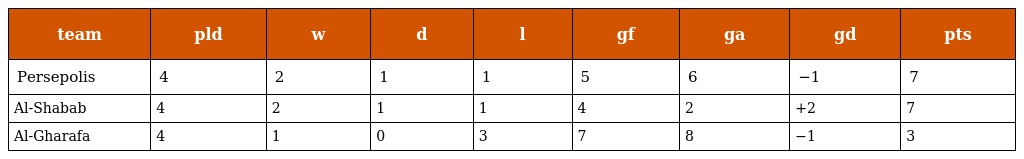
| team | pld | w | d | l | gf | ga | gd | pts |
 | --- | --- | --- | --- | --- | --- | --- | --- | --- |
 | Persepolis | 4 | 2 | 1 | 1 | 5 | 6 | −1 | 7 |
 | Al-Shabab | 4 | 2 | 1 | 1 | 4 | 2 | +2 | 7 |
 | Al-Gharafa | 4 | 1 | 0 | 3 | 7 | 8 | −1 | 3 |